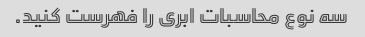
سه نوع محاسبات ابری را فهرست کنید.